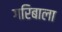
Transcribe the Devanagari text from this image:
गरिबाला